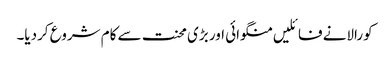
کورالانے فائلیں منگوائی اور بڑی محنت سے کام شروع کردیا۔